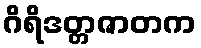
ဂိရိဒတ္တဇာတက